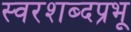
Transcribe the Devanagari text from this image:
स्वरशब्दप्रभू